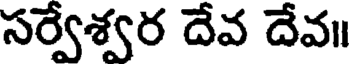
సర్వేశ్వర దేవ దేవ॥